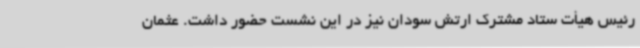
رئیس هیأت ستاد مشترک ارتش سودان نیز در این نشست حضور داشت. عثمان